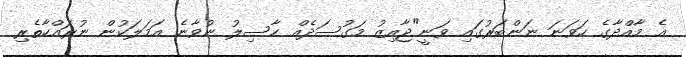
އެ މާއްދާގެ ހަވަނަ ނަންބަރުގައި ވަނީ"ޖާއިޒު މަގުސަދެއް ހާސިލު ނުވާނެ އަމަލަކުން ނުރައްކާތެރި